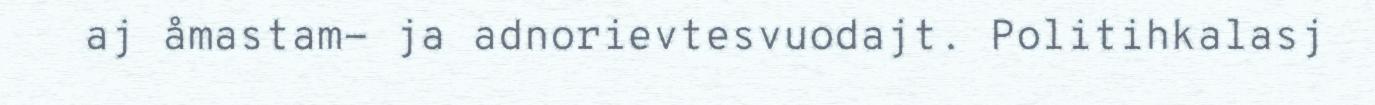
aj åmastam- ja adnorievtesvuodajt. Politihkalasj